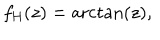
LaTeX: f _ { \mathrm { H } } ( z ) = \operatorname { a r c t a n } \left( z \right) ,